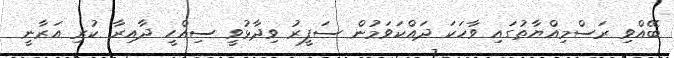
ބޭއްވި ރަސްމިއްޔާތުގައި ވާހަކަ ދައްކަވަމުން ސަފީރު ވިދާޅުވީ ސިއްހީ ދާއިރާ ކުރި އަރާނީ